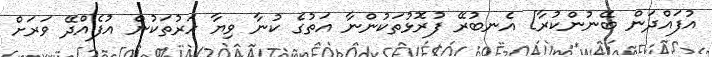
އުފައްދަން ބޭނުންކުރާ] އެނބުރޭ ފުރޮޅުތަކުންނާ އަތުގެ ކުނާ ވިޔާ ހަރުތަކުން އުފެއްދޭ ވަރަށް